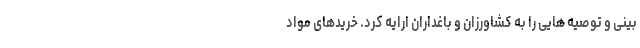
بینی و توصیه هایی را به کشاورزان و باغداران ارایه کرد. خریدهای مواد